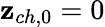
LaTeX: \mathbf{z}_{ch,0}=0